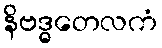
နိဗဒ္ဓတေလကံ